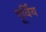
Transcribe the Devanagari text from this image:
पूर्विय